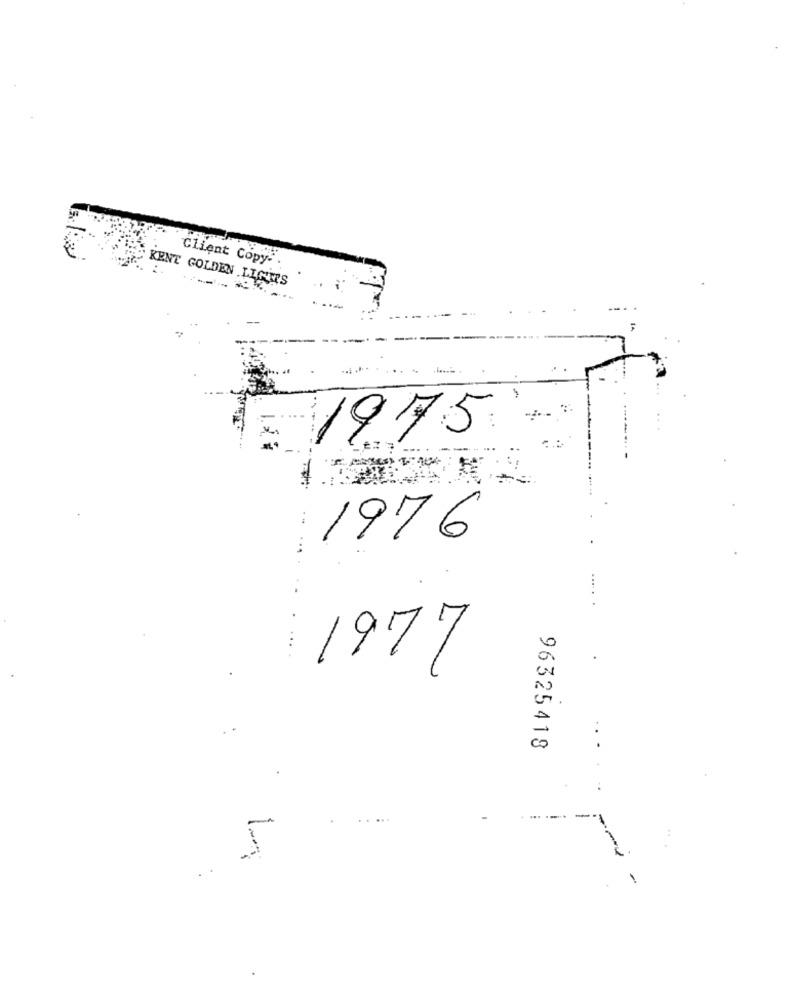
Client Copy
KENT GOLDEN .LIGIER'S
-.
5461
1976
1977
96325418
.... .
5
-